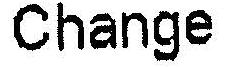
CHANGE